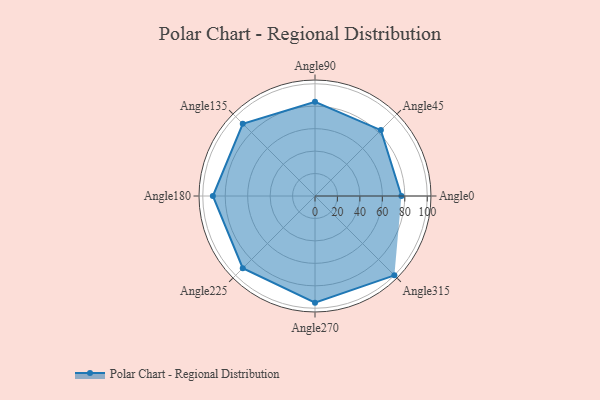
{"axis": {"x": "Angle", "y": "Radius"}, "legend": [""], "data": [{"x": "Angle0", "y": 77.0, "type": ""}, {"x": "Angle45", "y": 83.0, "type": ""}, {"x": "Angle90", "y": 84.0, "type": ""}, {"x": "Angle135", "y": 91.0, "type": ""}, {"x": "Angle180", "y": 91.0, "type": ""}, {"x": "Angle225", "y": 91.0, "type": ""}, {"x": "Angle270", "y": 95.0, "type": ""}, {"x": "Angle315", "y": 100.0, "type": ""}]}